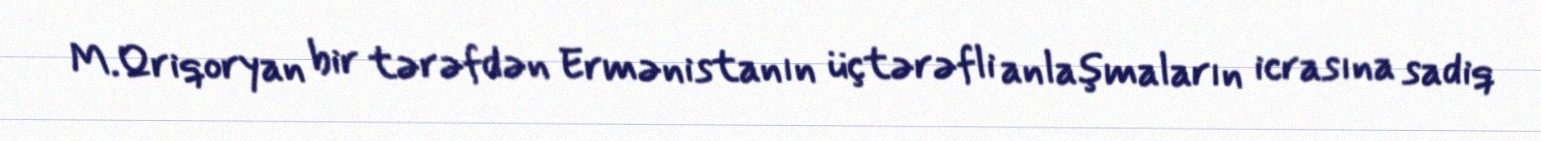
M.Qriqoryan bir tərəfdən Ermənistanın üçtərəfli anlaşmaların icrasına sadiq